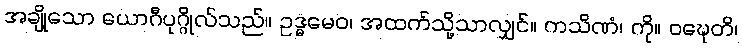
အချို့သော ယောဂီပုဂ္ဂိုလ်သည်။ ဥဒ္ဓမေဝ၊ အထက်သို့သာလျှင်။ ကသိဏံ၊ ကို။ ဝဍ္ဎေတိ၊